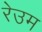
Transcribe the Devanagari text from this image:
रेउम